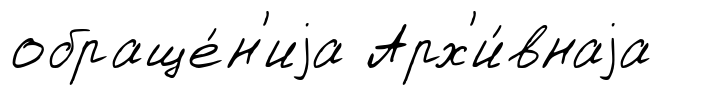
обраще́н'иjа Арх'и́внаjа